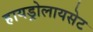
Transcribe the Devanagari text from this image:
हायड्रोलायसेट